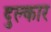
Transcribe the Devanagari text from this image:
दुल्कार